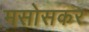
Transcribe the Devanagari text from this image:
मसोसकर